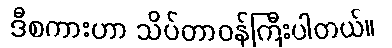
ဒီစကားဟာ သိပ်တာဝန်ကြီးပါတယ်။